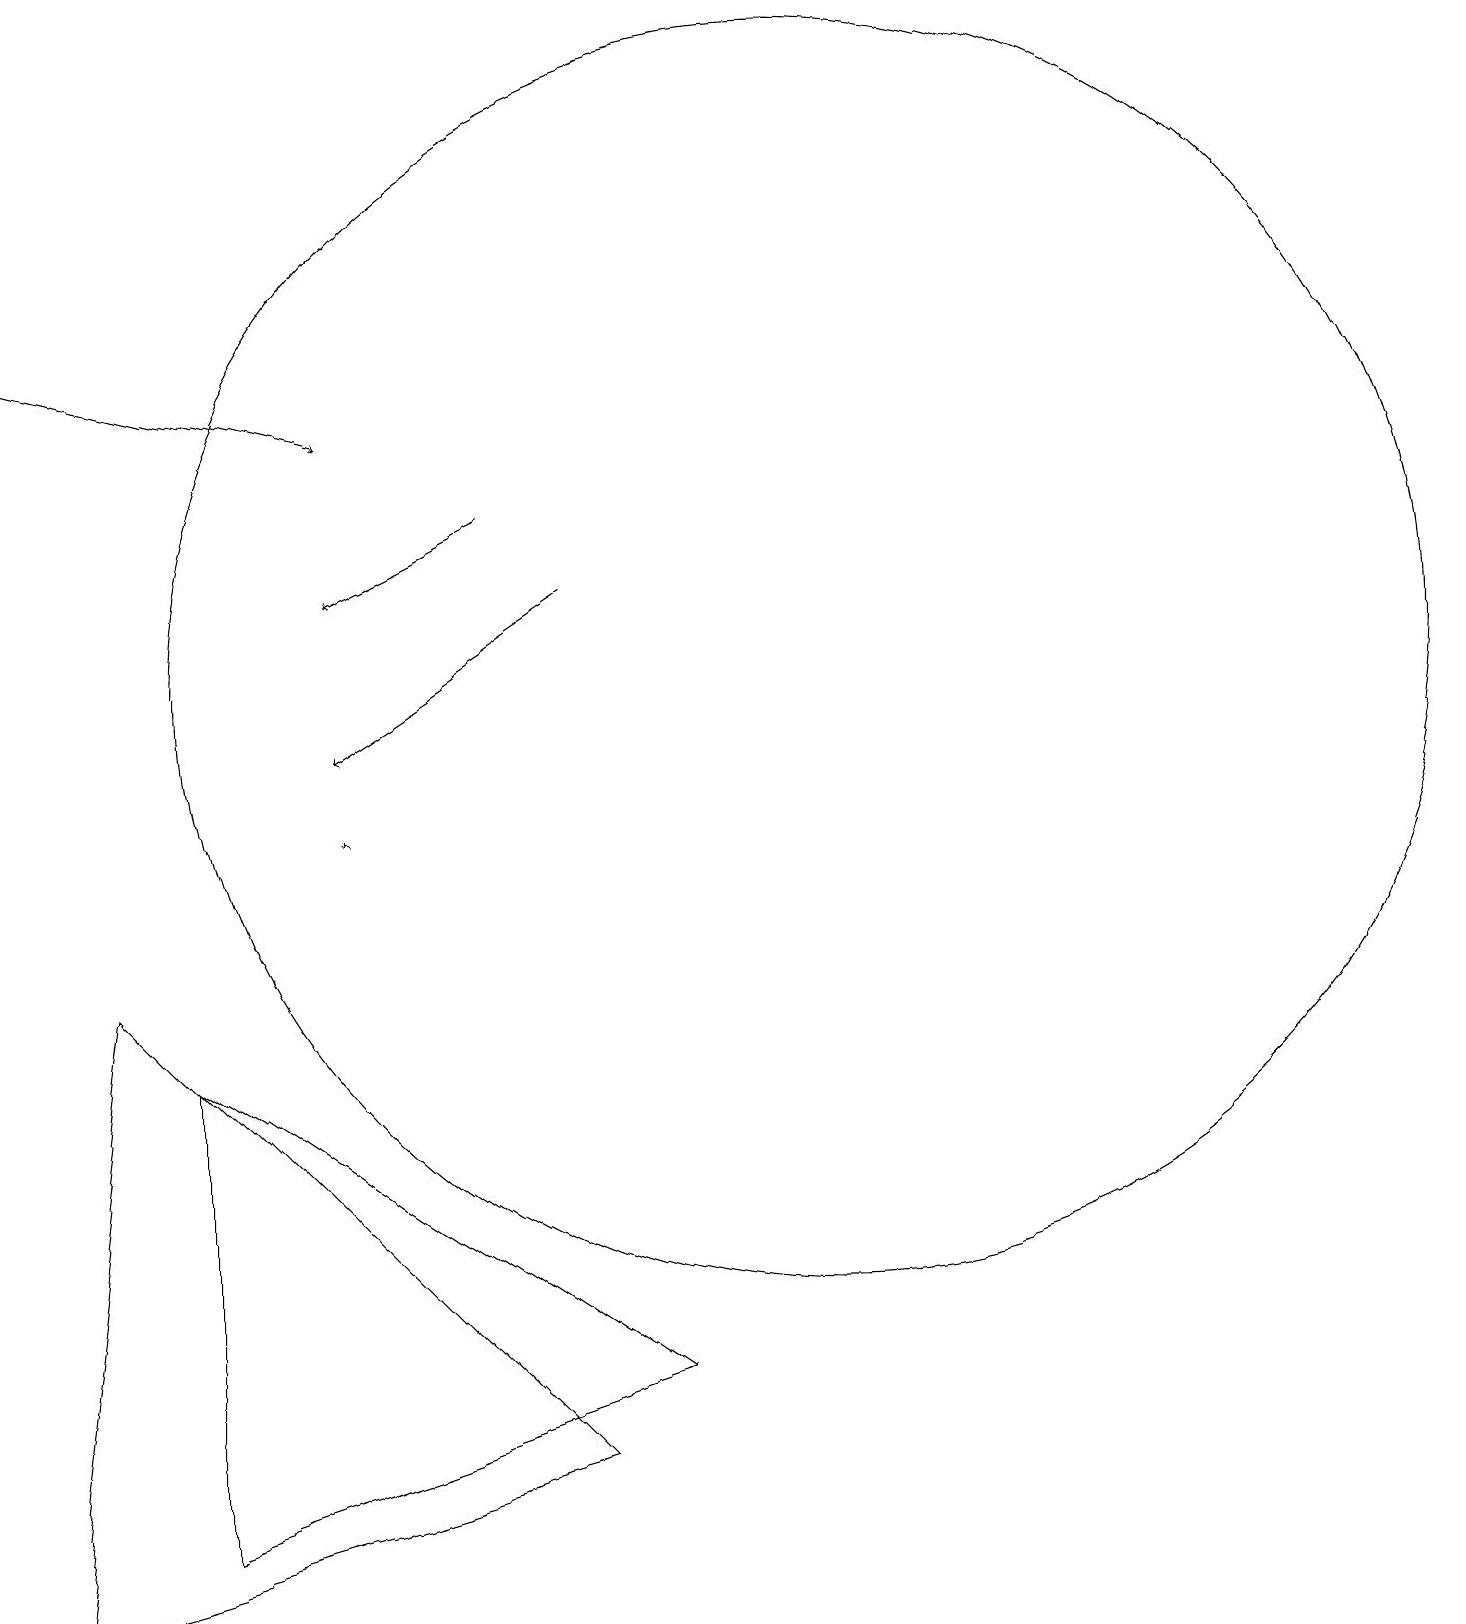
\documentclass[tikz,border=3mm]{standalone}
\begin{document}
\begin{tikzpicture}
\draw (10,10) circle (0);
\draw (3,1) -- (3,7) -- (9,3) -- cycle;
\draw[->] (5,10) -- (5,10);
\draw[->] (8,13) -- (5,11);
\draw (8,2) -- (2,8) -- (1,0) -- cycle;
\draw[->] (7,14) -- (5,13);
\draw[->] (1,16) -- (5,15);
\draw (11,12) circle (8);
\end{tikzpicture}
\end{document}